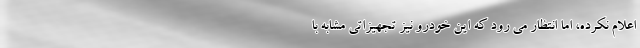
اعلام نکرده، اما انتظار می رود که این خودرو نیز تجهیزاتی مشابه با